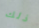
ذلك